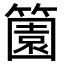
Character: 𬕶